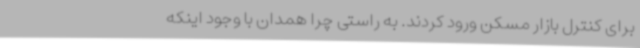
برای کنترل بازار مسکن ورود کردند. به راستی چرا همدان با وجود اینکه